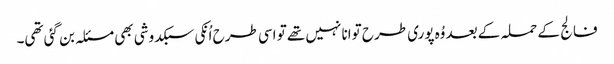
فالج کے حملہ کے بعد وُہ پوری طرح توانا نہیں تھے تو اسی طرح اُنکی سبکدوشی بھی مسئلہ بن گئی تھی۔